Civil Veterinary Department. United Provinces 1932-42 - 1932-1942
Year: 1932
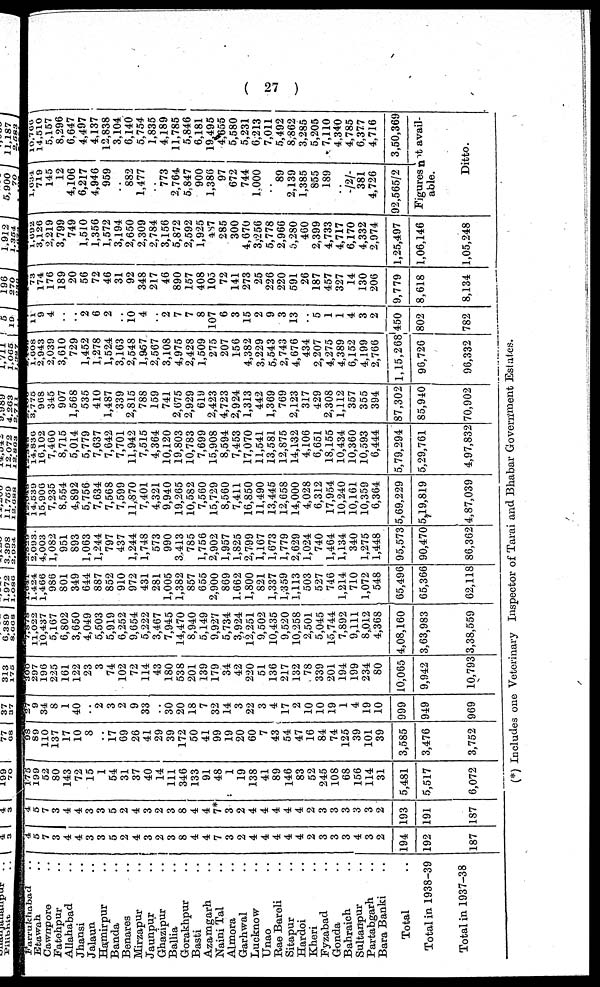
( 27 )
Farrukhabad . .
Etawah . .
Cawrrpore . .
Fatehpur . .
Allahabad . .
Jhansi . .
Jalaun . .
Hamirpur . .
Banda. . .
Benares. .
Mirzapur . .
Jaunpur . .
Ghazipur. .
Ballia . .
Gorakhpur . .
Basti . .
Azamgarh . .
Naini Tal. .
Almora . .
Garhwal . .
Lucknow. .
Unao . .
Rae Bareli. .
Sitapur . .
Hardoi . .
Kheri. .
Fyzabad. .
Gonda. .
Bahraich. .
Sultanpur . .
Partabgarh . .
Bara Banki . .
Total. .
Total in 1938-39
Total in 1937-38
4
5
7
3
4
4
3
3
5
2
4
3
2
3
8
4
4
7
3
2
4
4
4
4
4
2
3
3
3
4
3
2
194
192
187
4
5
7
3
4
4
3
3
5
2
4
3
2
3
8
4
4
7*
3
2
4
4
4
4
4
2
3
3
3
3
3
2
193
191
187
175
199
52
80
143
72
15
1
54
31
37
40
14
111
346
133
91
48
1
19
138
41
89
146
83
52
245
108
68
156
114
31
5,481
5,517
6,072
98 89
110
137
17
10
8
..
17
69
26
41
29
39
172
50
41
99
19
20
60
7
43
54
47
16
84
74
125
39
101
39
3,585
3,476
3,752
27 9
34
8
1
40
..
2
3
2
9
33
..
30
20
18
7
32
14
3
22
3
4
17
2
10
10
19
1
4
19
10
999
949
969
300 297
196
225
161
122
23
3
74
102
72
114
43
180
538
201
139
179
34
42
220
51
136
217
132
78
339
201
194
199
234
80
10,065
9,942
10,793
7,878 11,022
10,437
5,167
6,802
3,650
4,049
5,503
5,919
6,252
9,654
5,222
3,467
7,945
14,470
8,940
5,149
9,927
5,734
3,924
12,251
9,502
10,435
9,520
10,258
2,501
5,045
15,744
7,892
9,111
8,012
4,368
4,08,160
3,63,983
3,38,559
1,641 1,424
1,466
986
801
349
644
887
852
910
972
431
281
1,005
1,382
857
655
2,900
869
1,662
1,800
821
1,337
1,359
1,113
503
527
746
1,214
710
1,072
548
65,496
65,366
62,118
2,529 2,093
4,003
1,082
951
893
1,063
1,244
797
437
1,244
1,748
573
990
3,413
785
1,756
2,902
1,957
1,825
2,799
1,167
1,673
1,779
2,629
1,024
740
1,464
1,134
340
1,275
1,448
95,573
90,470
86,362
12,048 14,539
15,906
7,235
8,554
4,892
5,756
7,634
7,568
7,599
11,870
7,401
4,321
9,940
19,265
10,582
7,560
15,729
8,560
7,411
16,850
11,490
13,445
12,658
14,000
4,028
6,312
17,954
10,240
10,161
10,359
6,364
5,69,229
5,19,819
4,87,039
12,348 14,836
16,102
7,460
8,715
5,014
5,779
7,637
7,642
7,701
11,942
7,515
4,364
10,120
19,803
10,783
7,699
15,908
8,594
7,453
17,070
11,541
13,581
12,875
14,132
4,106
6,651
18,155
10,434
10,360
10,593
6,444
5,79,294
5,29,761
4,97,832
2,100 3,775
968
345
907
1,568
535
410
1,487
339
2,815
788
159
741
2,675
2,929
619
2,423
4,723
2,924
1,313
442
1,369
769
2,123
317
429
2,308
1,112
357
355
394
87,302
85,940
70,902
1,608
2,943
2,039
3,610
729
1,452
1,278
1,524
3,163
2,548
1,957
2,567
3,108
4,975
2,428
1,509
275
207
156
4,382
3,229
5,543
2,743
4,676
434
2,207
4,275
4,389
6,152
4,199
2,766
1,15,268
96,726
96,332
11
9
4
..
..
2
6
2
..
10
4
..
2
7
7
8
107
6
3
15
2
9
3
13
..
5
1
1
4
3
2
450
802
782
73
174
176
189
20
56
72
46
31
92
348
217
46
890
157
408
105
72
141
273
25
226
220
591
26
187
457
327
14
130
206
9,779
8,618
8,134
1,692
3,126
2,219
3,799
749
1,510
1,356
1,572
3,194
2,650
2,309
2,784
3,156
5,872
2,592
1,925
487
285
300
4,670
3,256
5,778
2,966
5,280
460
2,399
4,733
4,717
6,170
4,332
2,974
1,25,497
1,06,146
1,05,248
1,634
719
145
12
4,106
6,217
4,946
959
..
882
1,477
..
773
2,764
5,847
900
1,386
97
672
744
1,000
..
89
2,139
1,385
855
189
..
-/2/-
381
4,726
92,565/2
10.766
14,510
5,157
8,296
6,647
4,497
4,137
12,838
3,104
6,140
5,754
1,835
4,189
11,785
5,846
6,181
19,495
4,655
5,580
5,231
6,213
7,011
5,492
8,862
3,285
5,205
7,110
4,340
4,785
6,377
4,716
3,50,369
Figures not avail-
able.
Ditto.
(*) Includes one Veterinary Inspector of Tarai and Bhabar Government Estates.